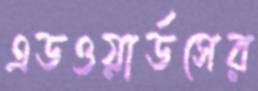
এডওয়ার্ডসের